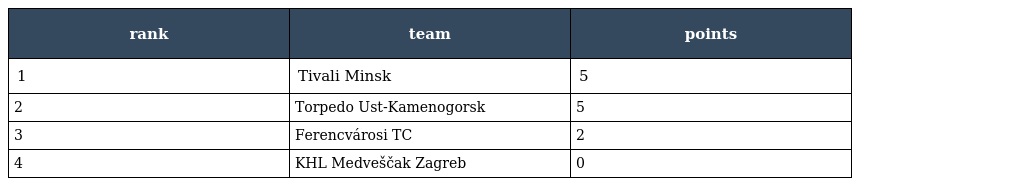
| rank | team | points |
 | --- | --- | --- |
 | 1 | Tivali Minsk | 5 |
 | 2 | Torpedo Ust-Kamenogorsk | 5 |
 | 3 | Ferencvárosi TC | 2 |
 | 4 | KHL Medveščak Zagreb | 0 |